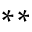
^ { * * }